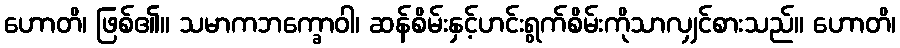
ဟောတိ၊ ဖြစ်၏။ သမာကဘက္ခောဝါ၊ ဆန်စိမ်းနှင့်ဟင်းရွက်စိမ်းကိုသာလျှင်စားသည်။ ဟောတိ၊